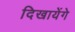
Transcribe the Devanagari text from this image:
दिखायेंगे